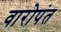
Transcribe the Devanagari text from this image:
वारोपंत